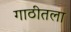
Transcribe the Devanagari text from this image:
गाठीतला